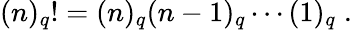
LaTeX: (n)_{q}!=(n)_{q}(n-1)_{q}\cdots(1)_{q}\; .